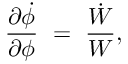
{ \frac { \partial \dot { \phi } } { \partial \phi } } ~ = ~ { \frac { \dot { W } } { W } } ,